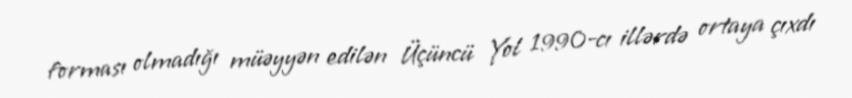
forması olmadığı müəyyən edilən Üçüncü Yol 1990-cı illərdə ortaya çıxdı